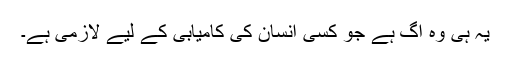
یہ ہی وہ آگ ہے جو کسی انسان کی کامیابی کے لیے لازمی ہے۔